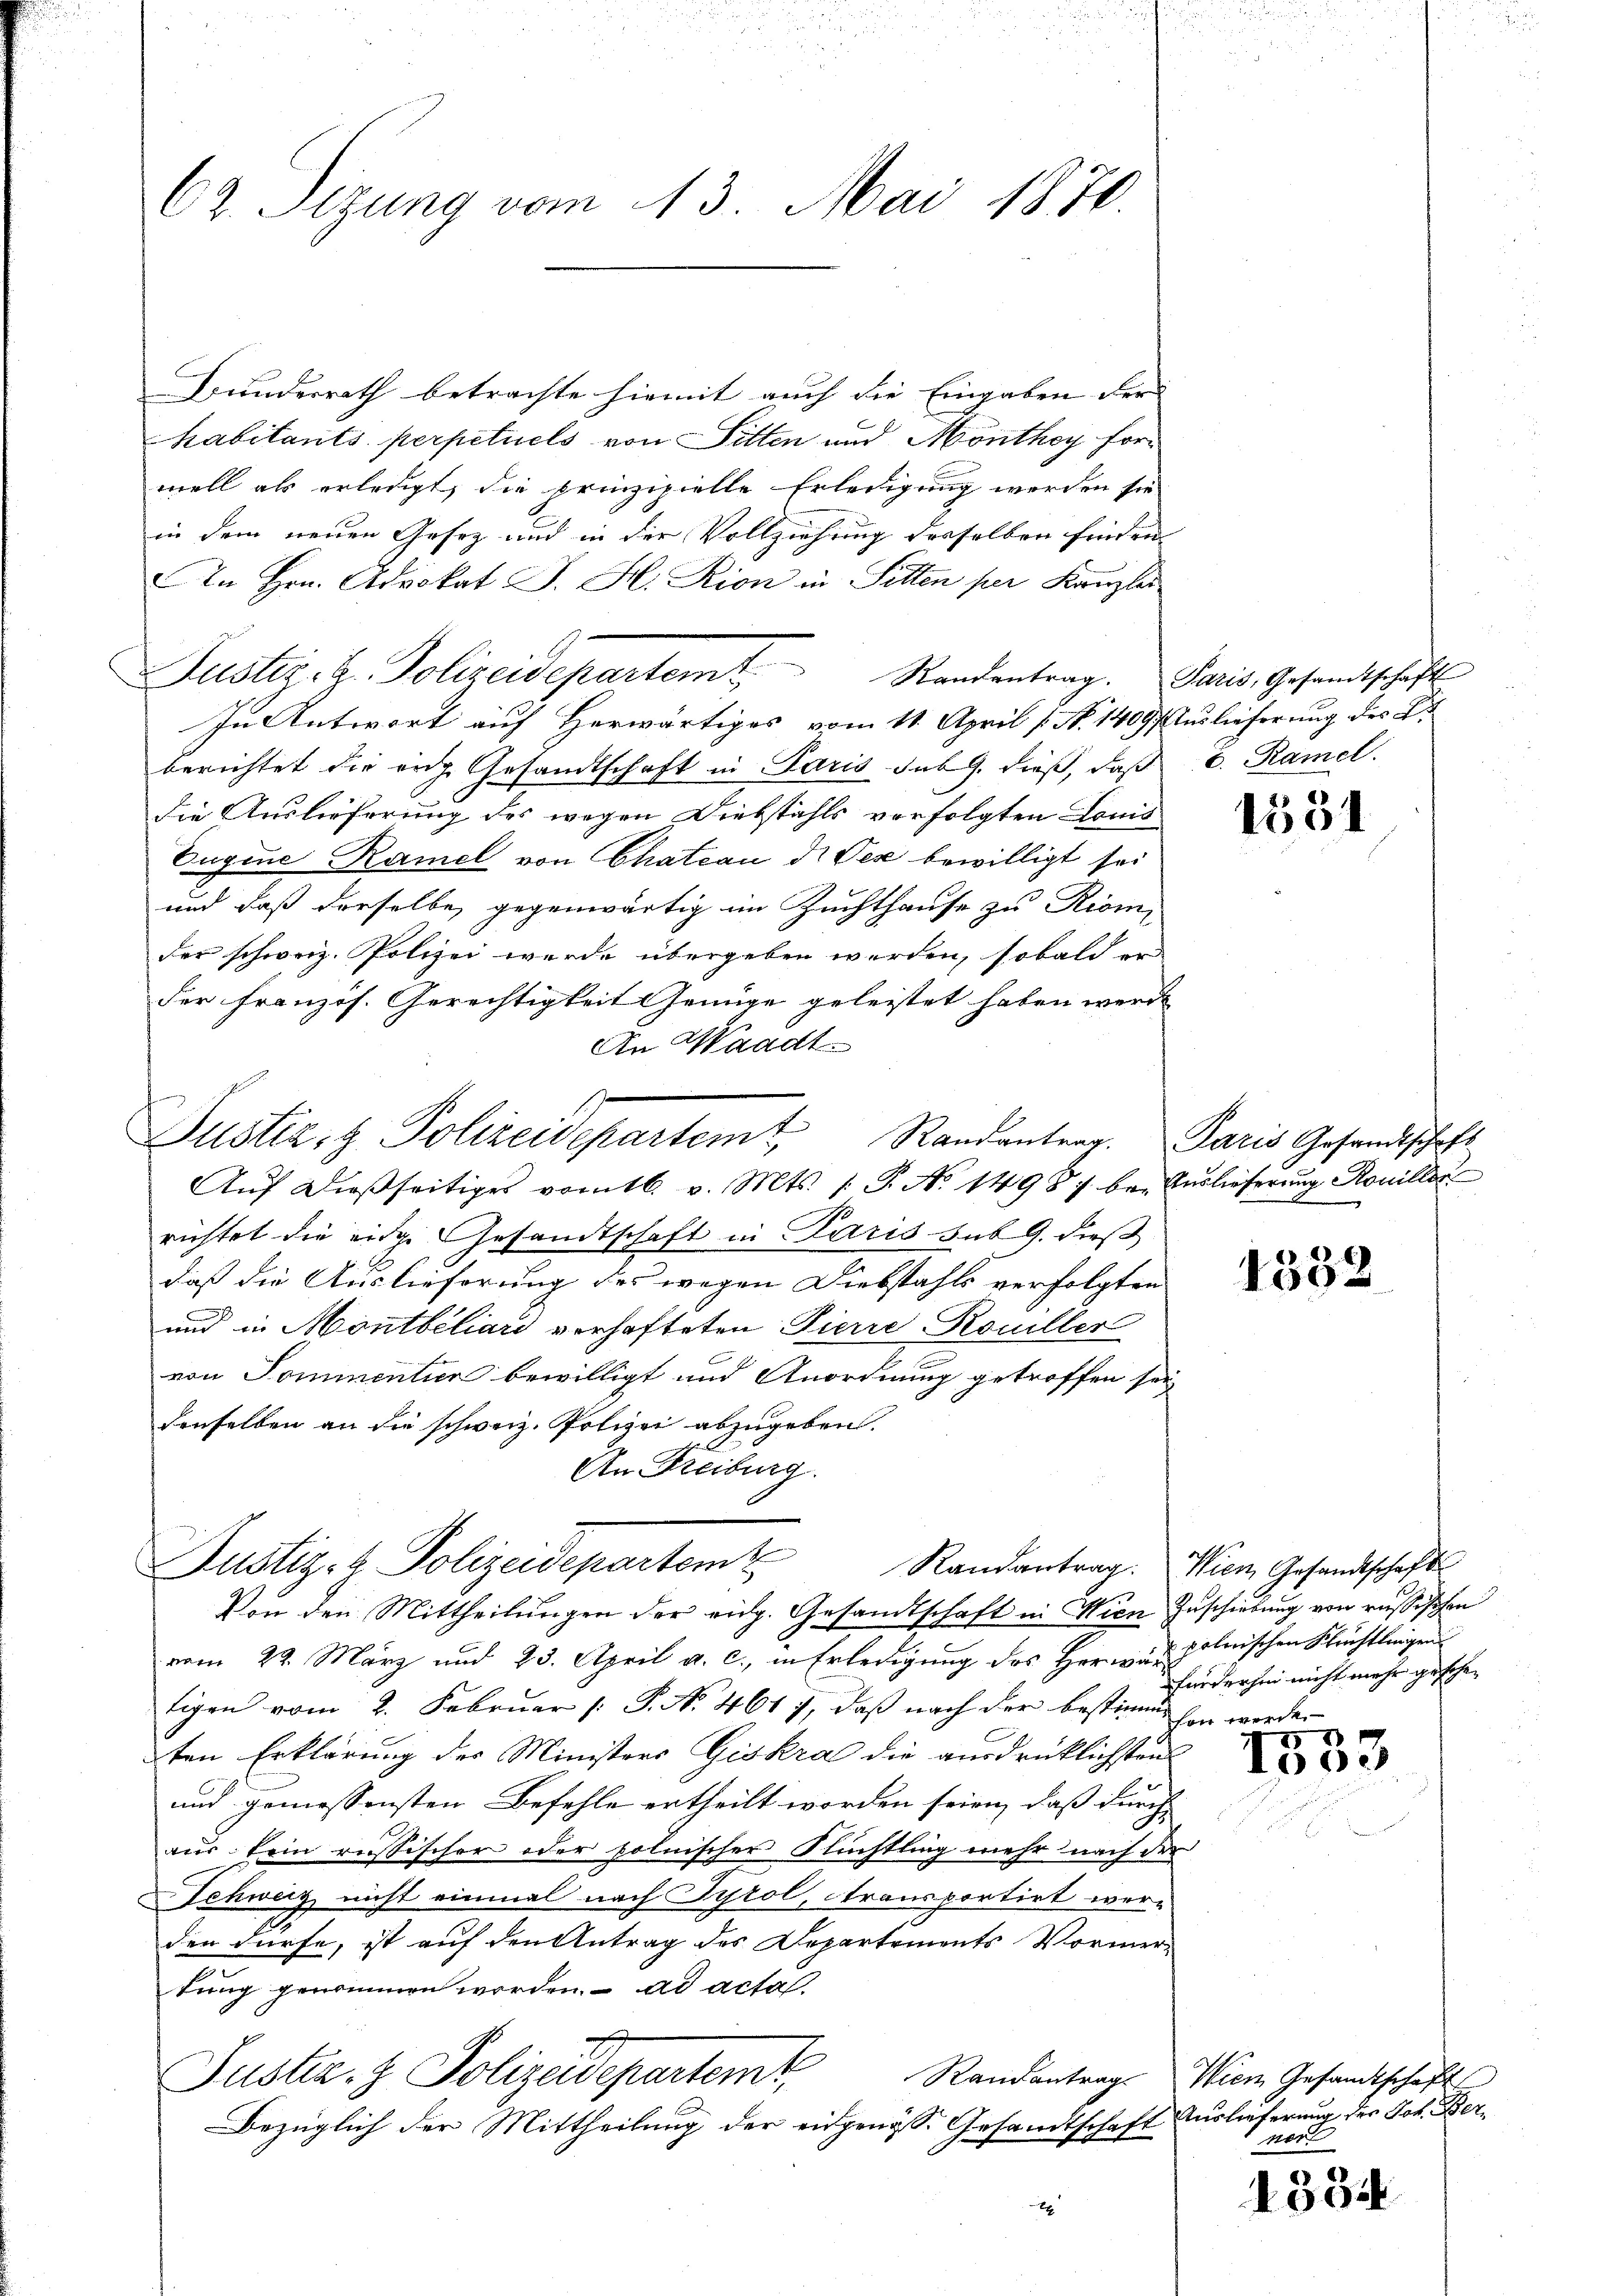
62. Sizung vom 13. Mai 1870.

Bundesrath betrachte hiemit auch die Eingaben der
habitants perpetuels von Sitten und Monthey formell als erledigt, die prinzipielle Erledigung werden sie
in dem neuen Gesez und in der Vollziehung desselben finden |
In Hrn. Advokat J. H. Rion in Pitten per Kanzler
Justiz- & Polizeidepartem Randentrag. Paris, Gesandtschaft
In Antwort auf Herwärtiges vom 11. April 1. No. 1409. (Auslieferung des L.
berichtet die rich Gesandtschaft in Paris sub 9. dieß, daß
die Auslieferung des wegen Diebstahls verfolgten Louis
Eugine Kamel von Chateau d. Pez bewilligt sei
und daß derselbe, gegenwärtig im Zuchthause zu Riom
der schweiz. Polizei wurde übergeben werden, sobald er
der Französ. Gerechtigkeit Genüge geleistet haben werde
An Waadt.
Justiz- & Polizeidepartemt Randantrag. Paris Gesandtschaft
Aŭf dießseitiges vorntb. v. Mts. (T. No. 1498 be- Auslieferung Roniller
richtet die eidge Gesandtschaft in Paris sub 9. dieß
daß die Auslieferung des wegen Diebstahls verfolgten
und in Montbéliari verhafteten Pierre Rouiller
von Sommentier bewilligt und Anordnung getroffen sei,
denselben an die schweiz. Polizei abzugeben.
An Freiburg.

Justiz- & Polizeidepartem Randantrag. Wien Gesandtschaft
Von den Mittheilungen der eidg. Gesandtschaft in Wien Zuschiebung von russischen

vom 22. März und 23. April a. c., in Erledigung des Herr au polnischen Krichtlingen
tigen vom 2. Februar [ P. Nr. 461 7, daß nach der bestimme son werde.
ten Erklärung der Ministers Giskra die ausdrücklichsten
und gemessensten Befehle ertheilt worden seien, daß durch
aus kein russischer oder polnischer Rüchtling mehr nach der
SSchweiz nicht einmal nach Tyrol, transportirt werden dürfe, ist auf den Antrag des Departements Vormertung genommen worden. ad acta.
Justiz- & Polizeidepartemt,
Bezüglich der Mittheilung der eidgenöss. Gesandtschaft
x

8. Ramel.

1551

4332

fürderhin nicht mehr geschen

1333

Randantrag. Wien Gesandtschaft
Auslieferung des Joh. Berner

1334